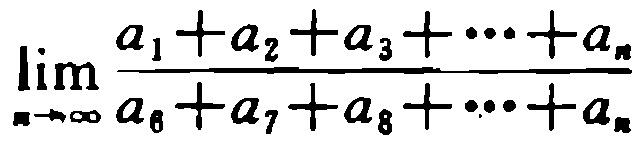
\(\lim_{n \to \infty} \frac{a_{1}+a_{2}+a_{3}+\cdots +a_{n}}{a_{6}+a_{7}+a_{8}+\cdots +a_{n}}\)